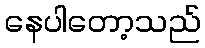
နေပါတော့သည်